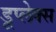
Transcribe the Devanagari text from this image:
डूप्लेक्स